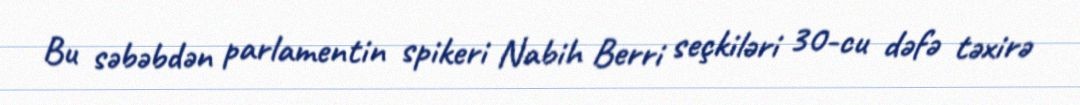
Bu səbəbdən parlamentin spikeri Nabih Berri seçkiləri 30-cu dəfə təxirə